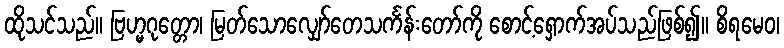
ထိုသင်သည်။ ဗြဟ္မဂုတ္တော၊ မြတ်သောလျှော်တေသင်္ကန်းတော်ကို စောင့်ရှောက်အပ်သည်ဖြစ်၍။ စိရမေဝ၊